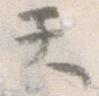
て